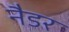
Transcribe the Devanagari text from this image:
नैडर